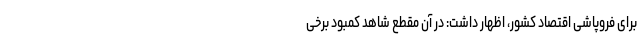
برای فروپاشی اقتصاد کشور، اظهار داشت: در آن مقطع شاهد کمبود برخی